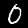
Digit: 0